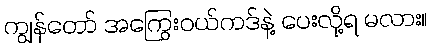
ကျွန်တော် အကြွေးဝယ်ကဒ်နဲ့ ပေးလို့ရ မလား။